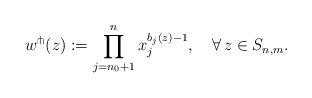
LaTeX: \begin{align*}w^{\pitchfork}(z) := \prod_{j=n_0+1}^{n} x_j^{b_j(z)-1},\quad\forall\, z\in S_{n,m}.\end{align*}